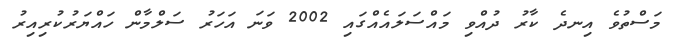
މަސްތުވެ އިނދެ ކާރު ދުއްވި މައްސަލައެއްގައި 2002 ވަނަ އަހަރު ސަލްމާން ހައްޔަރުކުރިއިރު